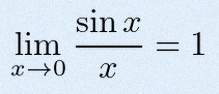
\lim_{x\to0}\frac{\sin x}{x}=1